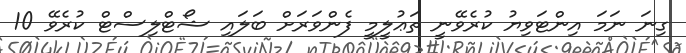
ގިނަ ނަމަ އިންޓަވިޔު ކުރެވޭނީ ތަޢުލީމީ ފެންވަރަށް ބަލައި ޝޯޓްލިސްޓް ކުރެވޭ 10